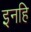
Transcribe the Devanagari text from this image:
इनहि